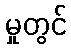
မှုတွင်